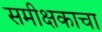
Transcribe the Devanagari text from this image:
समीक्षकाचा